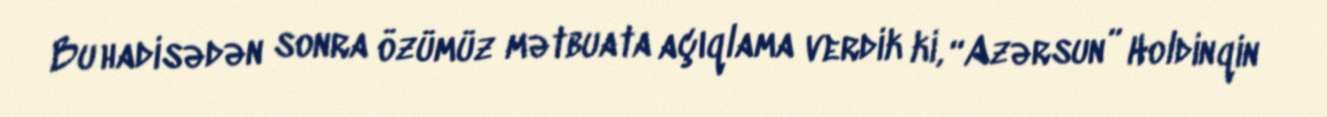
Bu hadisədən sonra özümüz mətbuata açıqlama verdik ki, “Azərsun” Holdinqin